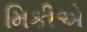
મિકીએ